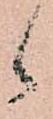
々